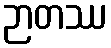
ဉာတဿ